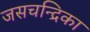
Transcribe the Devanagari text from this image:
जसचन्द्रिका